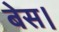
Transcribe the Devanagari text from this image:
बेस।